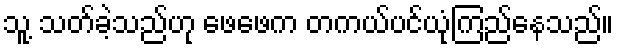
သူ့ သတ်ခဲ့သည်ဟု ဖေဖေက တကယ်ပင်ယုံကြည်နေသည်။